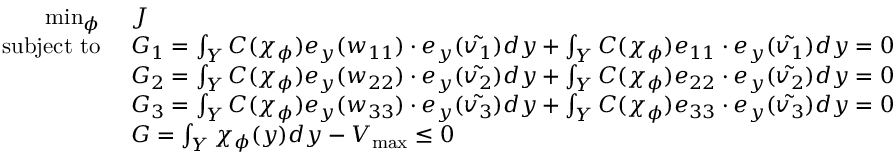
\begin{array} { r l } { \operatorname* { m i n } _ { \phi } ~ } & { J } \\ { \mathrm { s u b j e c t ~ t o } ~ } & { G _ { 1 } = \int _ { Y } C ( \chi _ { \phi } ) e _ { y } ( { w _ { 1 1 } } ) \cdot e _ { y } ( \tilde { { v _ { 1 } } } ) d { y } + \int _ { Y } C ( \chi _ { \phi } ) e _ { 1 1 } \cdot e _ { y } ( \tilde { { v _ { 1 } } } ) d { y } = 0 } \\ & { G _ { 2 } = \int _ { Y } C ( \chi _ { \phi } ) e _ { y } ( { w _ { 2 2 } } ) \cdot e _ { y } ( \tilde { { v _ { 2 } } } ) d { y } + \int _ { Y } C ( \chi _ { \phi } ) e _ { 2 2 } \cdot e _ { y } ( \tilde { { v _ { 2 } } } ) d { y } = 0 } \\ & { G _ { 3 } = \int _ { Y } C ( \chi _ { \phi } ) e _ { y } ( { w _ { 3 3 } } ) \cdot e _ { y } ( \tilde { { v _ { 3 } } } ) d { y } + \int _ { Y } C ( \chi _ { \phi } ) e _ { 3 3 } \cdot e _ { y } ( \tilde { { v _ { 3 } } } ) d { y } = 0 } \\ & { G = \int _ { Y } \chi _ { \phi } ( { y } ) d { y } - V _ { \mathrm { m a x } } \leq 0 } \end{array}